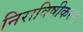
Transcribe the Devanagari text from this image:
निराविषीकरण